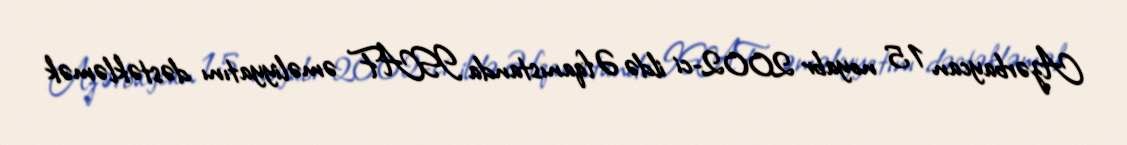
Azərbaycan 15 noyabr 2002-ci ildə Əfqanıstanda ISAF əməliyyatını dəstəkləmək